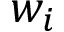
w _ { i }